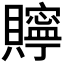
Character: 𮚫